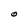
Character: O